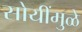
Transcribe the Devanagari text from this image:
सोयींमुळे